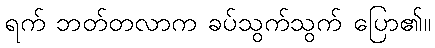
ရက် ဘတ်တလာက ခပ်သွက်သွက် ပြော၏။